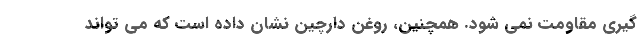
گیری مقاومت نمی شود. همچنین، روغن دارچین نشان داده است که می تواند